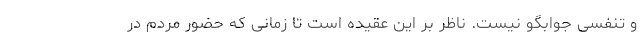
و تنفسی جوابگو نیست. ناظر بر این عقیده است تا زمانی که حضور مردم در